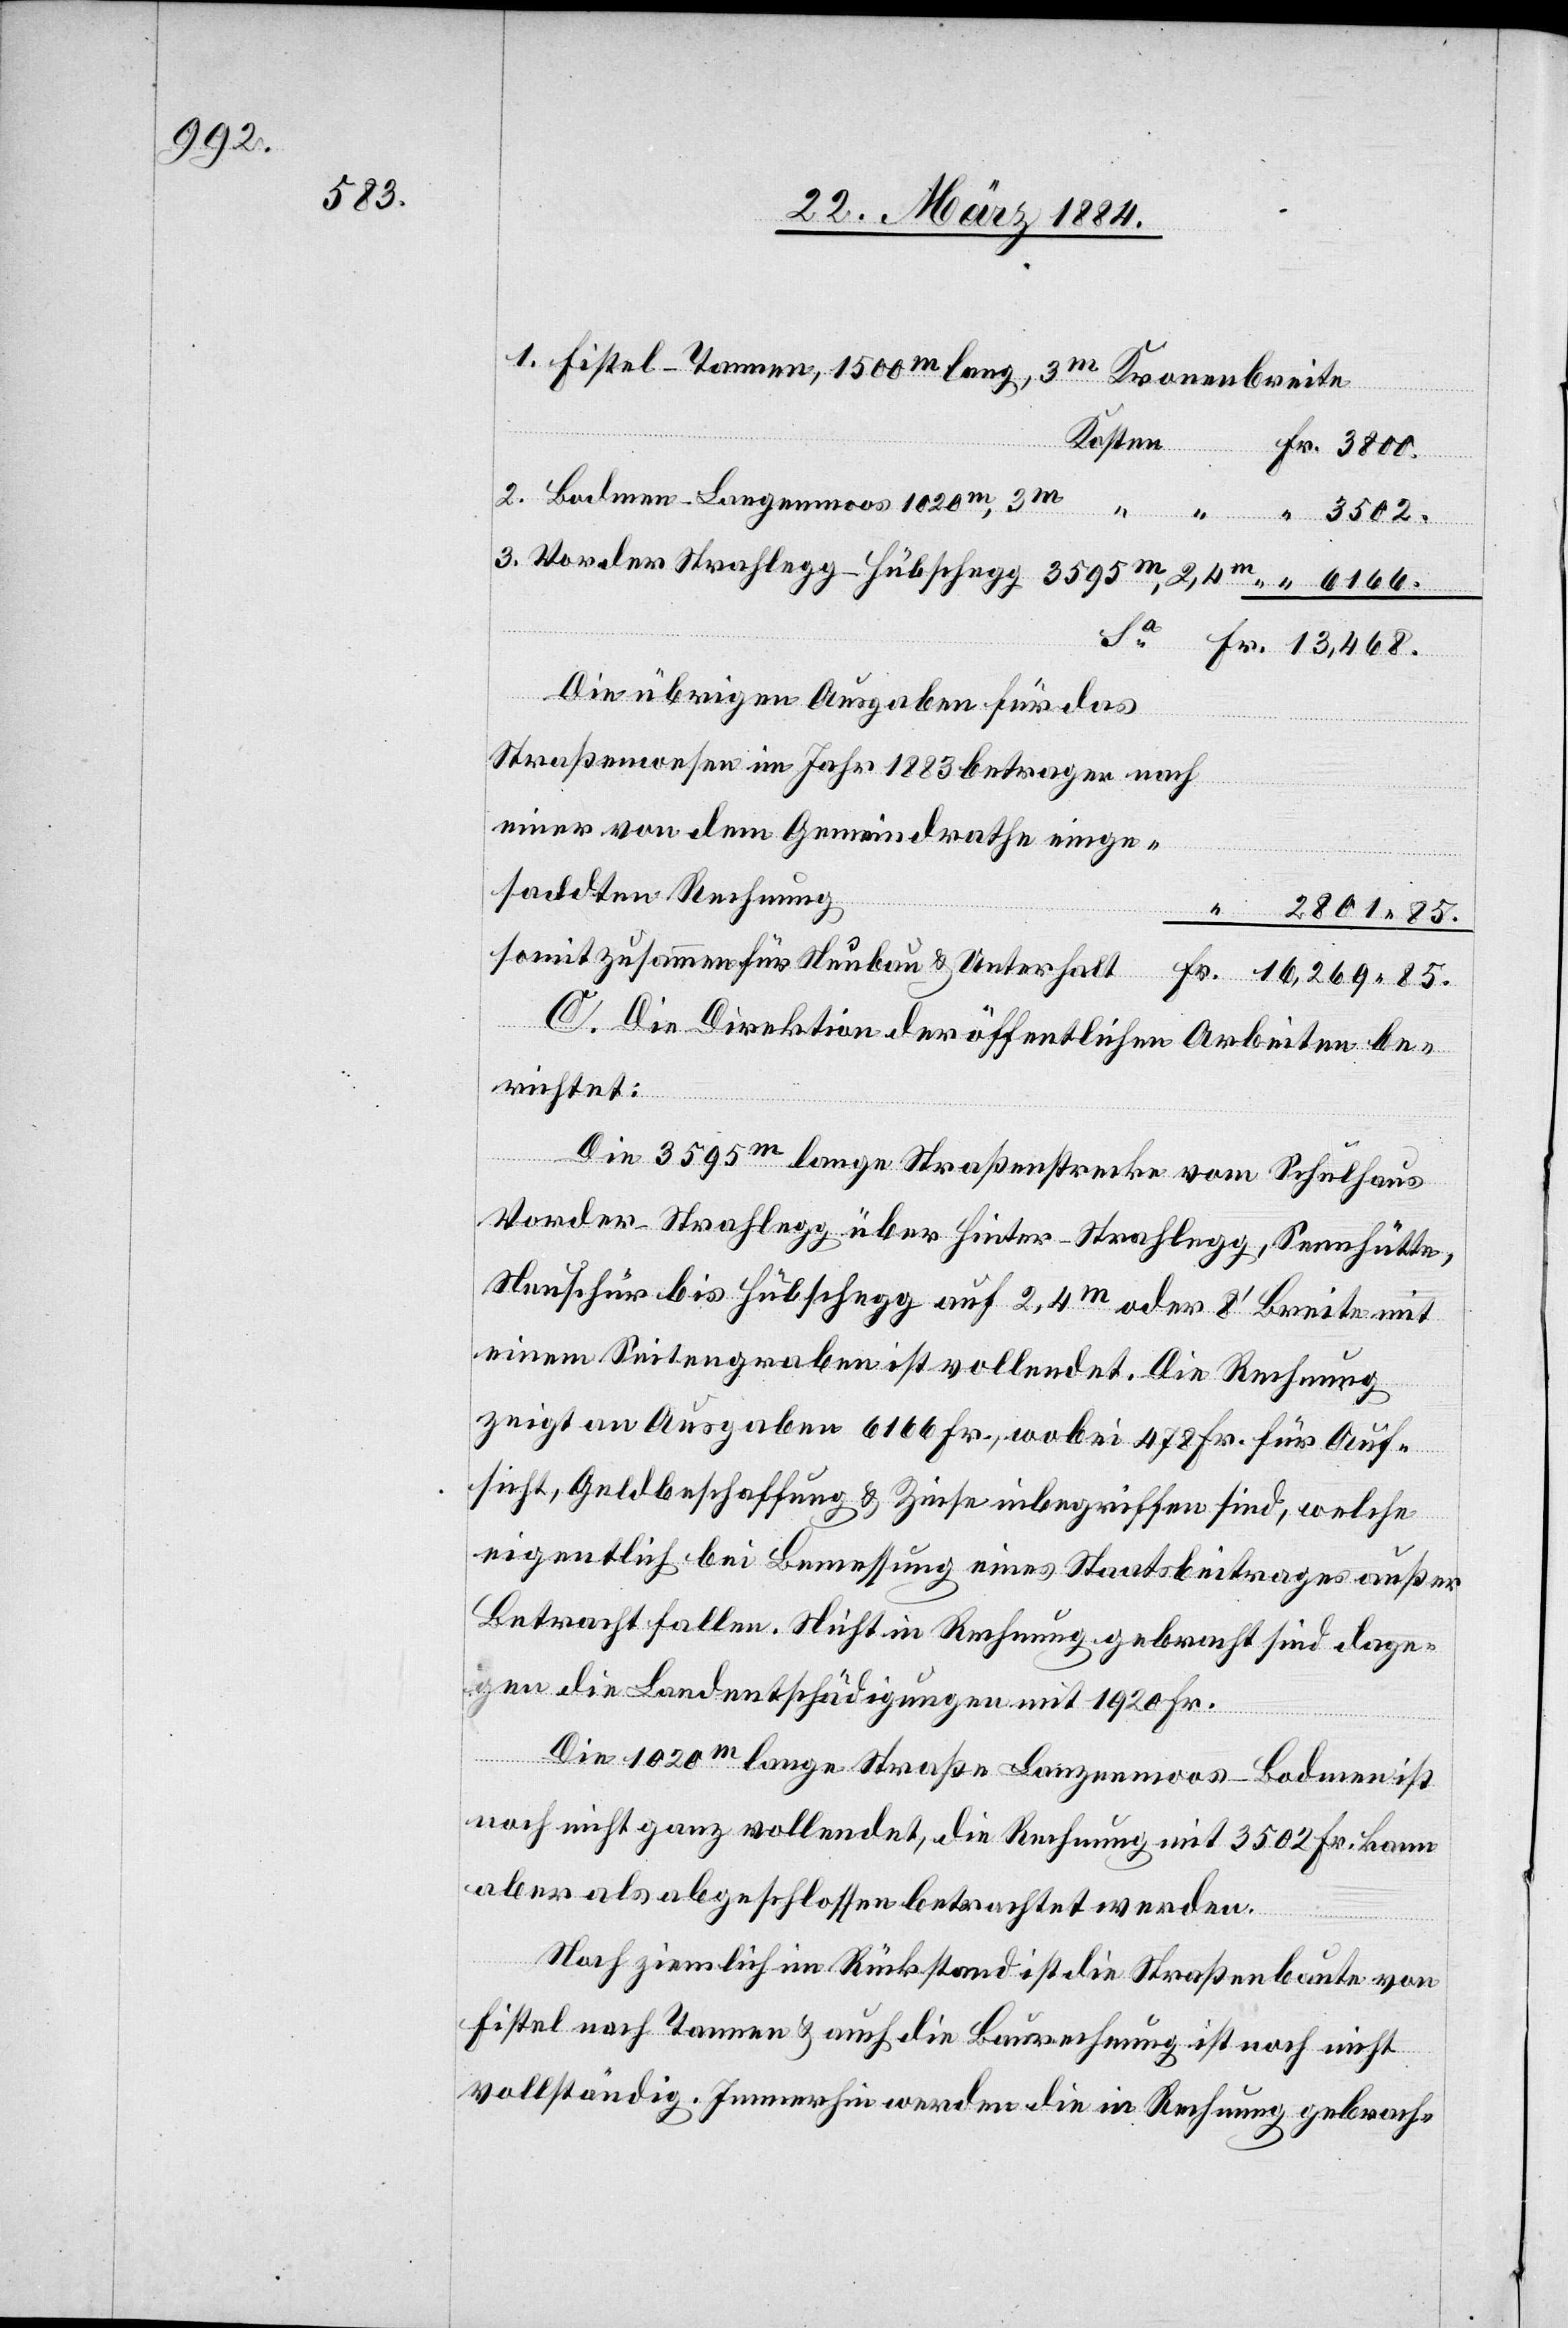
3800.

1. Fistel–Tannen, 1500m lang, 3m Kronenbreite.
Kosten
Straßenwesen
2. Bodmen–Langenmoos 1020m, 3m
3. Vorder-Strahlegg–Hübschegg, 3595m, 2,4m
85.
Die übrigen Ausgaben für das
einer von dem Gemeindrathe einge¬
sandten Rechnung
somit zusammen für Neubau & Unterhalt
Fr.
16,269 85.
C. Die Direktion der öffentlichen Arbeiten be¬
richtet:
im Jahr
Die 3595m lange Straßenstrecke vom Schulhaus
Vorder-Strahlegg über Hinter-Strahlegg, Sennhütte,
Neuschür bis Hübschegg auf 2,4m oder 8’ Breite mit
einem Seitengraben ist vollendet. Die Rechnung
zeigt an Ausgaben 5155 Fr., wobei 478 Fr. für Auf¬
sicht, Geldbeschaffung & Zinse inbegriffen sind, welche
eigentlich bei Bemessung eines Staatsbeitrages außer
Betracht fallen. Nicht in Rechnung gebracht sind dage¬
gen die Landentschädigungen mit 1920 Fr.
nach
Die 1020m lange Straße Lanzenmoos [sic!]–Bodmen ist
noch nicht ganz vollendet, die Rechnung mit 3502 Fr. kann
aber als abgeschlossen betrachtet werden.
Noch ziemlich im Rückstand ist die Straßenbaute von
Fistel nach Tannen & auch die Baurechnung ist noch nicht
vollständig. Immerhin werden die in Rechnung gebrach-